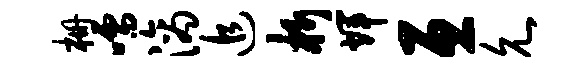
栅嚅滴追析辉亘允